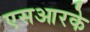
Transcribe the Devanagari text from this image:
एसआरके